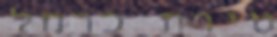
טירת כרמל